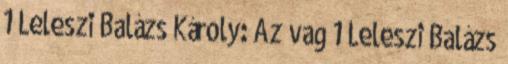
1 Leleszi Balázs Károly: Az vag 1 Leleszi Balázs